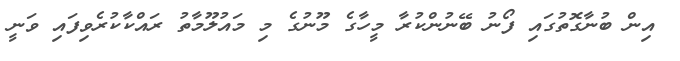
އިން ބުނާގޮތުގައި ފޯނު ބޭނުންކުރާ މީހާގެ މޫނުގެ މި މައުލޫމާތު ރައްކާކުރެވިފައި ވަނީ